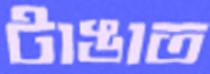
টাঙাত